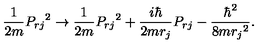
\frac { 1 } { 2 m } { P _ { r j } } ^ { 2 } \rightarrow \frac { 1 } { 2 m } { P _ { r j } } ^ { 2 } + \frac { i \hbar } { 2 m r _ { j } } P _ { r j } - \frac { \hbar ^ { 2 } } { 8 m { r _ { j } } ^ { 2 } } .